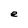
Character: e